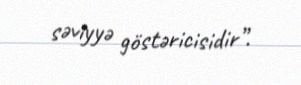
səviyyə göstəricisidir”.